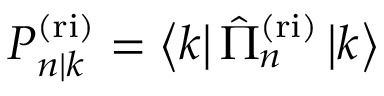
P _ { n | k } ^ { \mathrm { ( r i ) } } = \left\langle k \right| \hat { \Pi } _ { n } ^ { \mathrm { ( r i ) } } \left| k \right\rangle